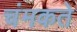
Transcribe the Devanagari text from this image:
चंमकते